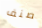
صنف